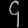
Digit: ၄